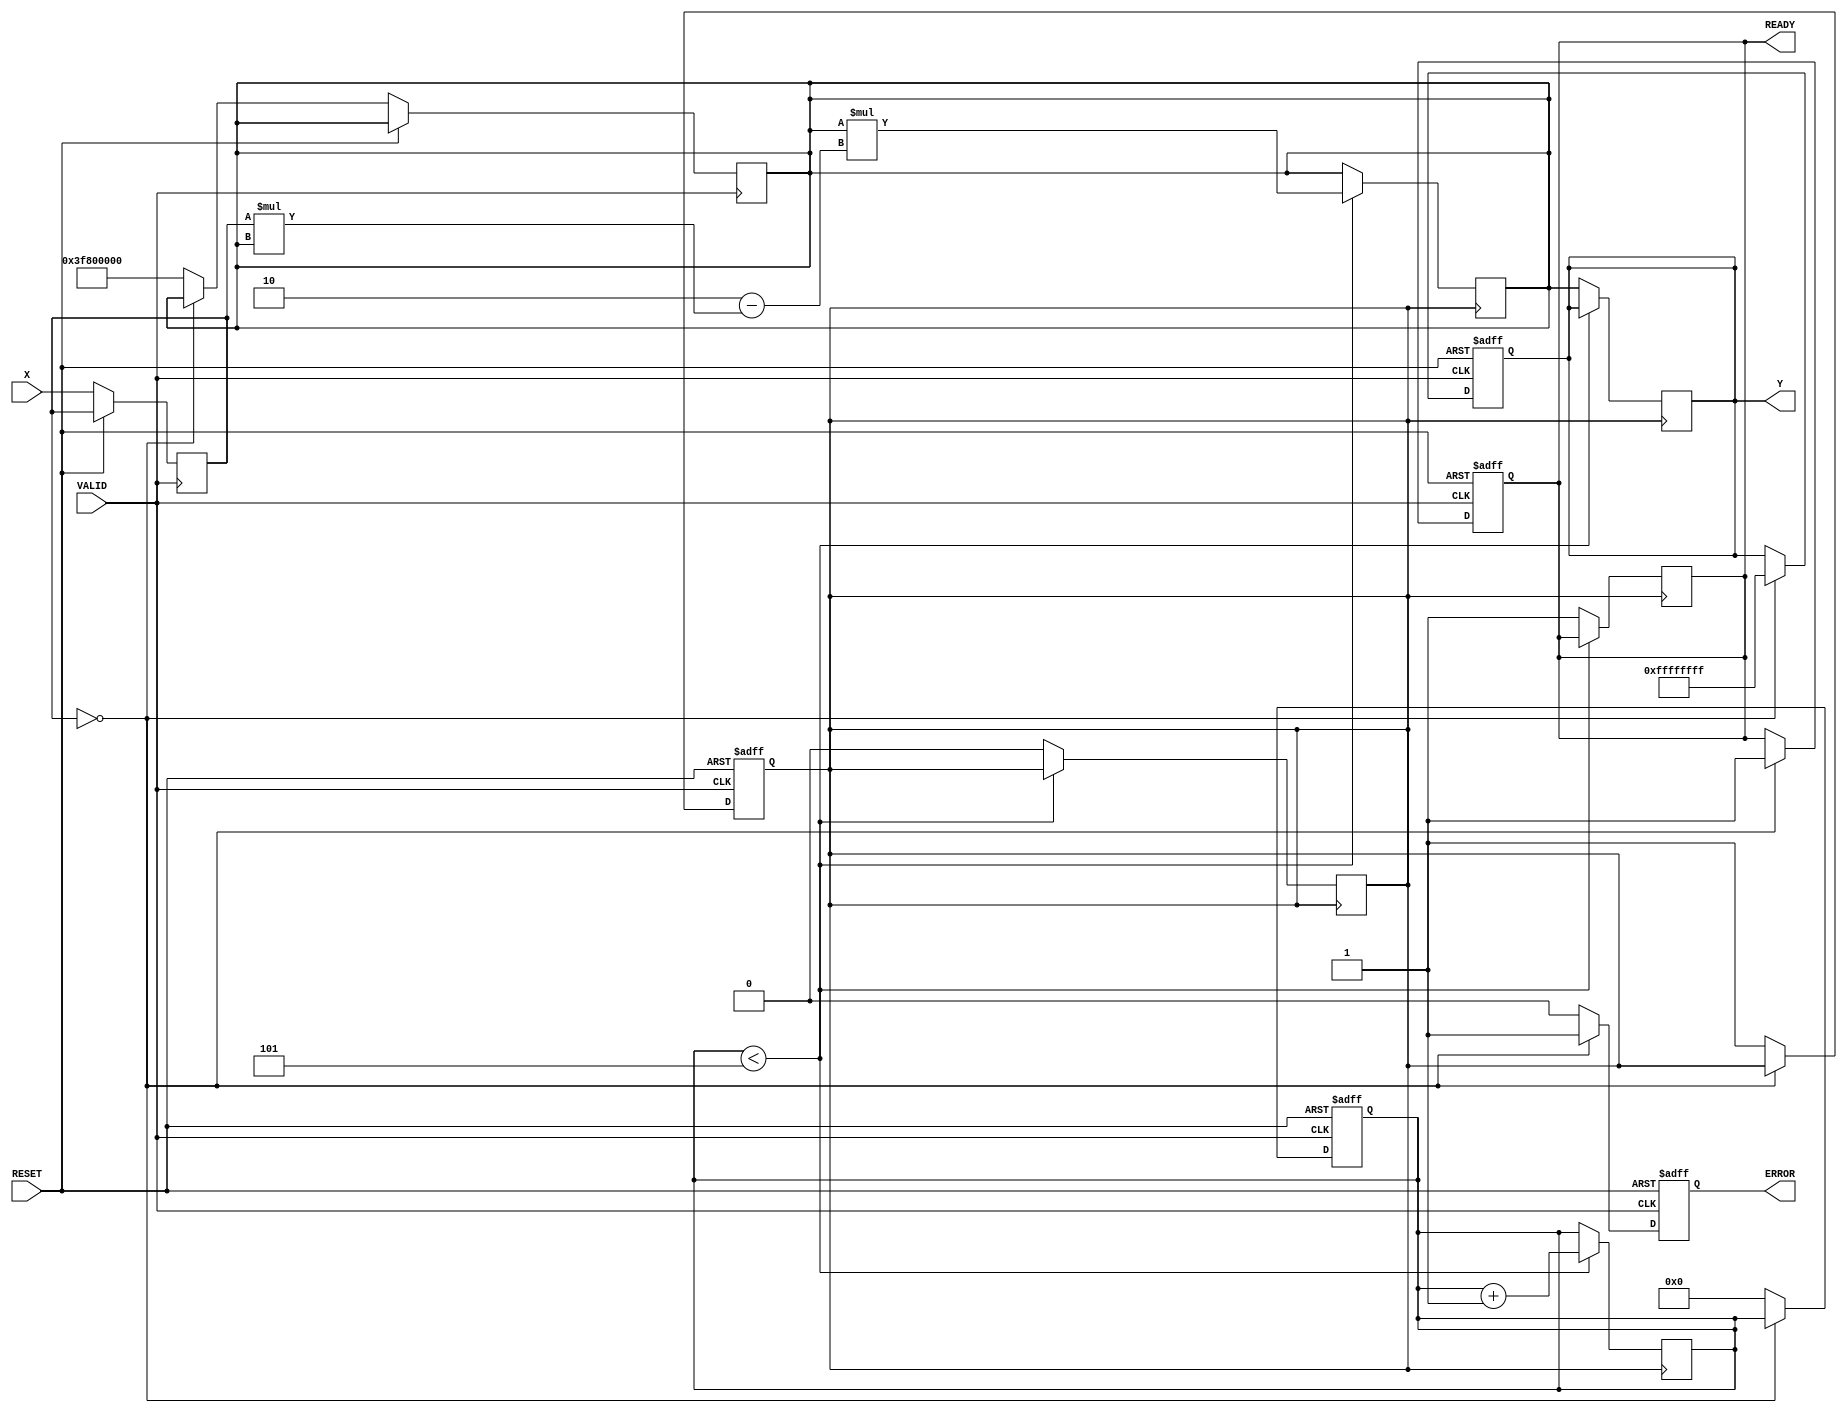
module ReciprocalUnit (
    input wire [31:0] X,         // Input Data
    input wire VALID,            // Valid Signal
    input wire RESET,            // Reset Signal
    output reg [31:0] Y,         // Reciprocal Output
    output reg READY,            // Ready Signal
    output reg ERROR             // Error Signal
);
    
    reg [31:0] input_value; // Latch for input value
    reg [4:0] iteration;    // Counter for Newton-Raphson iterations
    reg busy;               // Busy status

    // Error conditions
    localparam ZERO_VALUE = 32'b0;
    localparam ERROR_VALUE = 32'hFFFFFFFF; // Infinity or NaN representation

    // Newton-Raphson parameters (for 32-bit precision)
    localparam MAX_ITERATIONS = 5; // Maximum iterations for Newton-Raphson
    reg [31:0] approx; // Current approximation of the reciprocal

    always @(posedge RESET or posedge VALID) begin
        if (RESET) begin
            Y <= 32'b0;
            READY <= 1'b0;
            ERROR <= 1'b0;
            busy <= 1'b0;
            iteration <= 5'b0;
        end else if (VALID) begin
            // Reset the ERROR signal
            ERROR <= 1'b0;
            // Latch the input value
            input_value <= X;
            // Check for division by zero
            if (input_value == ZERO_VALUE) begin
                ERROR <= 1'b1; // Set error
                Y <= ERROR_VALUE; // Output predefined error value
                READY <= 1'b1; // Indicate output ready
            end else begin
                // Start Newton-Raphson process
                approx <= 32'h3F800000; // Initial approximation (1.0 in IEEE 754 for 32-bit float)
                iteration <= 0;
                busy <= 1'b1;
            end
        end
    end

    always @(posedge busy) begin
        if (iteration < MAX_ITERATIONS) begin
            // Apply Newton-Raphson iteration
            approx <= approx * (2 - (input_value * approx)); // x_(n+1) = x_n * (2 - x * x_n)
            iteration <= iteration + 1;
        end else begin
            // Finished computation
            Y <= approx;
            READY <= 1'b1; // Set ready signal
            busy <= 1'b0; // Reset busy status
        end
    end

endmodule